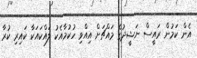
އެން ކަމުން ރައީސް ނަޝީދުގެ މައްޗަށް އިއްވި ހުކުމާއެކު ލައްކައަކާ ކައިރި ކުރާ